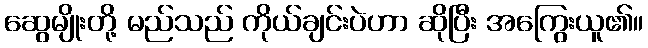
ဆွေမျိုးတို့ မည်သည် ကိုယ်ချင်းပဲဟာ ဆိုပြီး အကြွေးယူ၏။